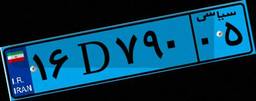
۷۹D۱۴۴۱۴